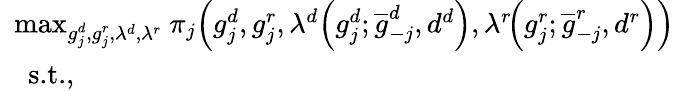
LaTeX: \begin{array}{rl}&{\! \! \! \operatorname*{max}_{g_{j}^{d},g_{j}^{r},\lambda^{d},\lambda^{r}}\ \! \pi_{j}\! \left(g_{j}^{d},g_{j}^{r},\lambda^{d}\! \left(g_{j}^{d};\overline{{g}}_{-j}^{d},d^{d}\right),\lambda^{r}\! \! \left(g_{j}^{r};\overline{{g}}_{-j}^{r},d^{r}\right)\right)}\\ &{\textrm{s.t.},}\end{array}